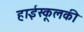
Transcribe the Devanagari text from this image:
हाईस्कूलकी